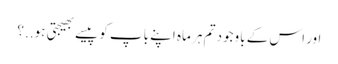
اور اس کے باوجود تم ہر ماہ اپنے باپ کو پیسے بھیجتی ہو..؟